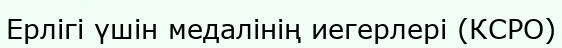
Ерлігі үшін медалінің иегерлері (КСРО)